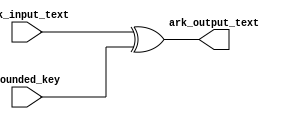
`timescale 1ns / 1ps
//////////////////////////////////////////////////////////////////////////////////
// Company: 
// Engineer: 
// 
// Design Name: 
// Module Name: AddRoundKey
// Project Name: 
// Target Devices: 
// Tool Versions: 
// Description: 
// 
// Dependencies: 
// 
// Revision:
// Revision 0.01 - File Created
// Additional Comments:
// 
//////////////////////////////////////////////////////////////////////////////////


`timescale 1ns / 1ps
//////////////////////////////////////////////////////////////////////////////////
// Company: 
// Engineer: 
// 
// Design Name: 
// Module Name: Add_round_key
// Project Name: 
// Target Devices: 
// Tool Versions: 
// Description: 
// 
// Dependencies: 
// 
// Revision:
// Revision 0.01 - File Created
// Additional Comments:
// 
//////////////////////////////////////////////////////////////////////////////////


module Add_round_key(
    input [127:0]  ark_input_text,
    input [127:0]  rounded_key,
    output [127:0]  ark_output_text  
);
assign ark_output_text = ark_input_text ^ rounded_key;

endmodule